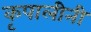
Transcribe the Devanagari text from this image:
कृपालीनी